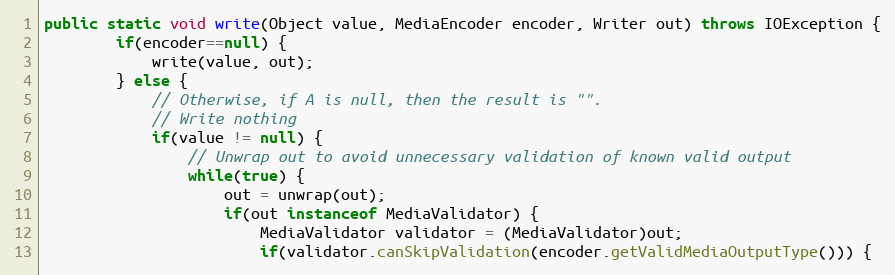
Language: Java
public static void write(Object value, MediaEncoder encoder, Writer out) throws IOException {
		if(encoder==null) {
			write(value, out);
		} else {
			// Otherwise, if A is null, then the result is "".
			// Write nothing
			if(value != null) {
				// Unwrap out to avoid unnecessary validation of known valid output
				while(true) {
					out = unwrap(out);
					if(out instanceof MediaValidator) {
						MediaValidator validator = (MediaValidator)out;
						if(validator.canSkipValidation(encoder.getValidMediaOutputType())) {